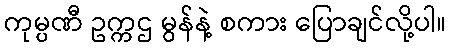
ကုမ္ပဏီ ဥက္ကဌ မွန်နဲ့ စကား ပြောချင်လို့ပါ။